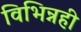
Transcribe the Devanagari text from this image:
विभिन्नही